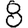
Digit: 8